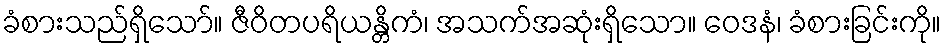
ခံစားသည်ရှိသော်။ ဇီဝိတပရိယန္တိကံ၊ အသက်အဆုံးရှိသော။ ဝေဒနံ၊ ခံစားခြင်းကို။